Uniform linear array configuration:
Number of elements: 64
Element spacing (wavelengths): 0.5
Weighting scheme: exponential
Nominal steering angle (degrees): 60
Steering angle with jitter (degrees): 60.896
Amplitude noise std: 0.05
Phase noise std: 0.05

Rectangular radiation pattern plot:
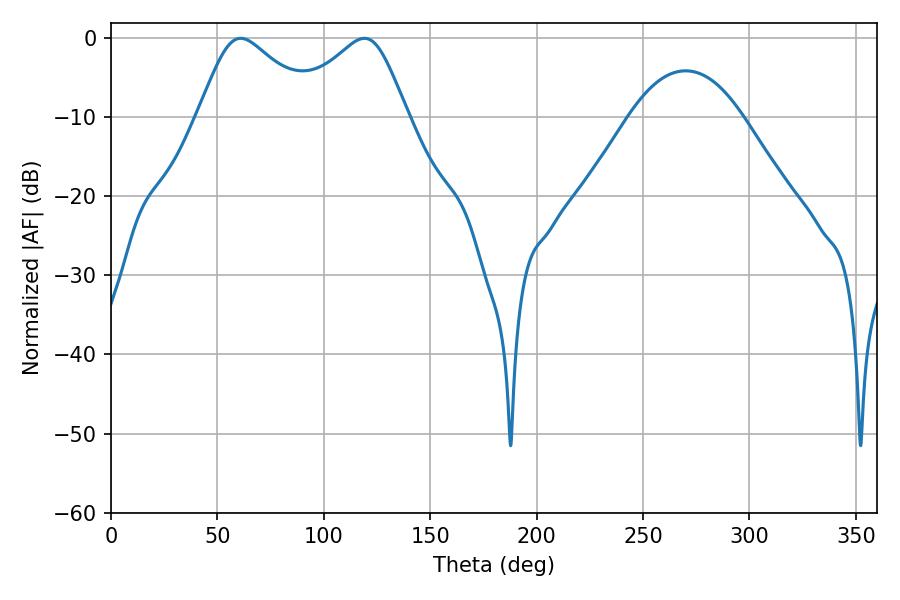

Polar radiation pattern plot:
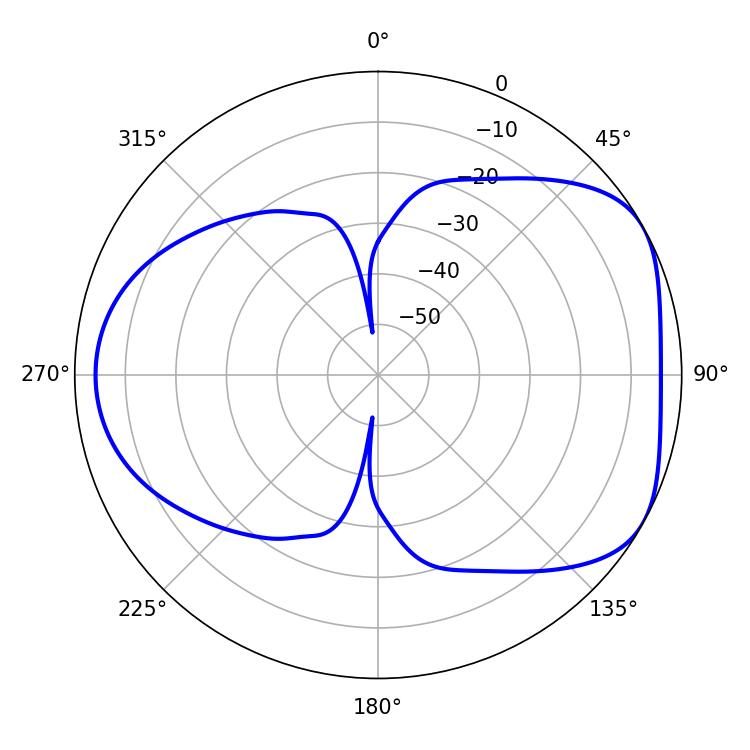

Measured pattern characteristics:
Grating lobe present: FALSE
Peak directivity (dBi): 4.87
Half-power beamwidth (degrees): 27.54
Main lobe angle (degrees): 60.84